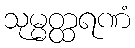
သုမ္မတ္ထရဏံ